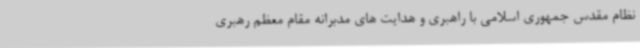
نظام مقدس جمهوری اسلامی با راهبری و هدایت های مدبرانه مقام معظم رهبری